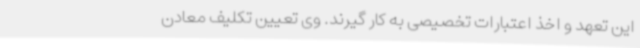
این تعهد و اخذ اعتبارات تخصیصی به کار گیرند. وی تعیین تکلیف معادن